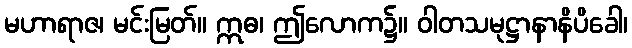
မဟာရာဇ၊ မင်းမြတ်။ ဣဓ၊ ဤလောက၌။ ဝါတသမုဋ္ဌာနာနိပိခေါ၊